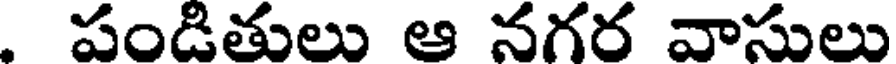
. పండితులు ఆ నగర వాసులు